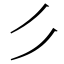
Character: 𰀪